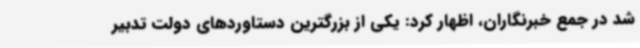
شد در جمع خبرنگاران، اظهار کرد: یکی از بزرگترین دستاوردهای دولت تدبیر